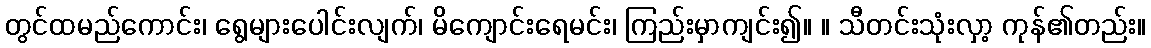
တွင်ထမည်ကောင်း၊ ရွေများပေါင်းလျက်၊ မိကျောင်းရေမင်း၊ ကြည်းမှာကျင်း၍။ ။ သီတင်းသုံးလှာ့ ကုန်၏တည်း။